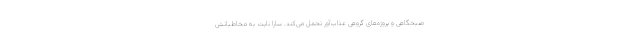
صبحگاهی و پروژه‌های گروهی عذاب‌آور تحمل می‌کند. سارا نایت به مخاطبانش